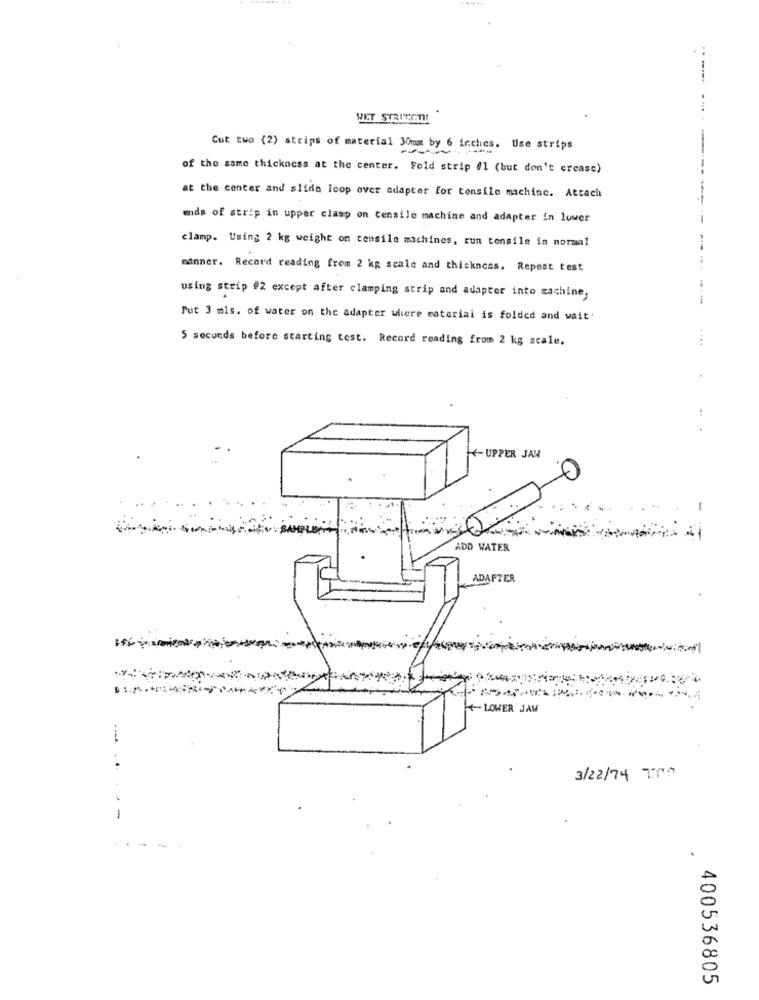
WET STRINGTI!
Cut two (2) strips of material 30mm by 6 inches. Use strips
of the same thickness at the center. Fold strip #1 (but don't crease)
---
at the center and slido loop over adapter for tensile machine. Attach
ends of strip in upper clasp on tensile machine and adapter in lower
clamp. Using 2 kg weight on tensile machines, run tensile in normal
manner. Record reading from 2 kg scale and thickness. Repeat test
using strip #2 except after clamping strip and adapter into machine,
Put 3 mls. of water on the adapter where material is folded and wait'
5 seconds before starting test. Record reading from 2 kg scale.
....
-UPPER JAW
0
-
ADD WATER
ADAFTER
- LOWER JAW
....
3/22/74 700
-
.
400536805